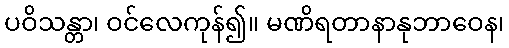
ပဝိသန္တာ၊ ဝင်လေကုန်၍။ မဏိရတာနာနုဘာဝေန၊